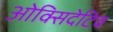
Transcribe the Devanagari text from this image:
ओक्सिदेटिव